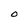
Character: 0